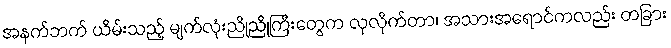
အနက်ဘက် ယိမ်းသည့် မျက်လုံးညိုညိုကြီးတွေက လှလိုက်တာ၊ အသားအရောင်ကလည်း တခြား